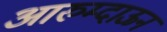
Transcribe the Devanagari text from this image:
आरुम्दाऊन